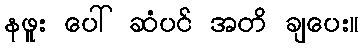
နဖူး ပေါ် ဆံပင် အတိ ချပေး။